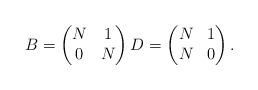
LaTeX: \begin{align*}B=\left(\begin{matrix}N & 1 \\0 & N \end{matrix}\right) D=\left(\begin{matrix}N & 1 \\N & 0 \end{matrix}\right).\end{align*}